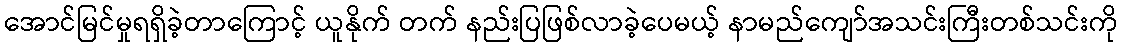
အောင်မြင်မှုရရှိခဲ့တာကြောင့် ယူနိုက် တက် နည်းပြဖြစ်လာခဲ့ပေမယ့် နာမည်ကျော်အသင်းကြီးတစ်သင်းကို